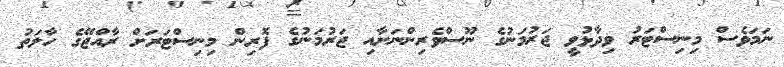
ނަމަވެސް މިނިސްޓަރު ވިދާޅުވީ ޖަރުމަނުގެ ނޫސްވެރިންނަށާއި ޖަރުމަނުގެ ފޮރިން މިނިސްޓަރަށް ރާއްޖޭގެ ހާލަތު